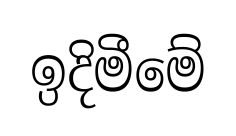
ඉදිමීමේ